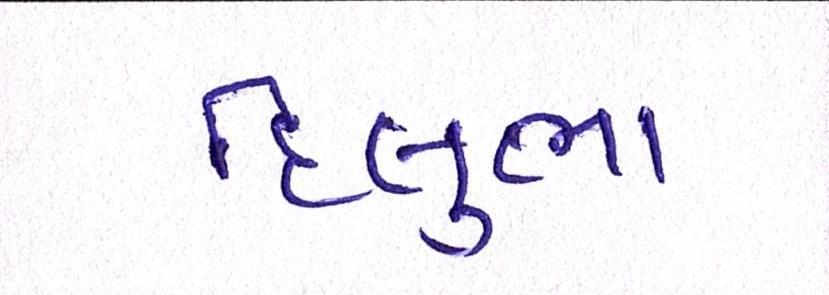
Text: દિલુભા